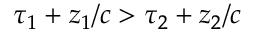
\tau _ { 1 } + z _ { 1 } / c > \tau _ { 2 } + z _ { 2 } / c